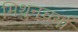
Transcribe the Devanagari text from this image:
मिथुनचर्या